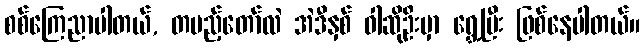
စစ်ကြေညာပါတယ်, တပည့်တော်လဲ အဲဒီနှစ် ဝါဆိုဦးမှာ ရွှေ့ပြီး ဖြစ်နေပါတယ်။